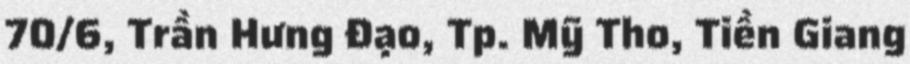
70/6, Trần Hưng Đạo, Tp. Mỹ Tho, Tiền Giang